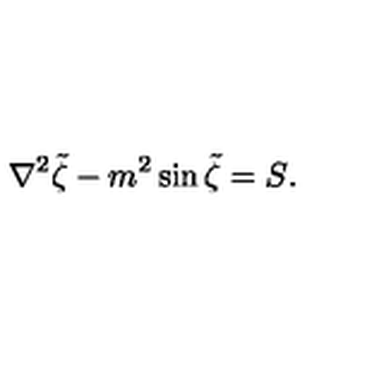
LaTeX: { \nabla ^ { 2 } \tilde { \zeta } - m ^ { 2 } \sin \tilde { \zeta } = S } .